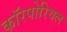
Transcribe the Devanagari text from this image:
कॉरपोरियल